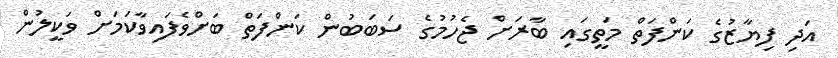
އަދި ފިޔާޒުގެ ކަންފަތް މަތީގައި ބާރަށް ޖެހުމުގެ ސަަބަބުން ކަންފަތް ބަށްވެފައިވާކަމަށް ވަކީލުން